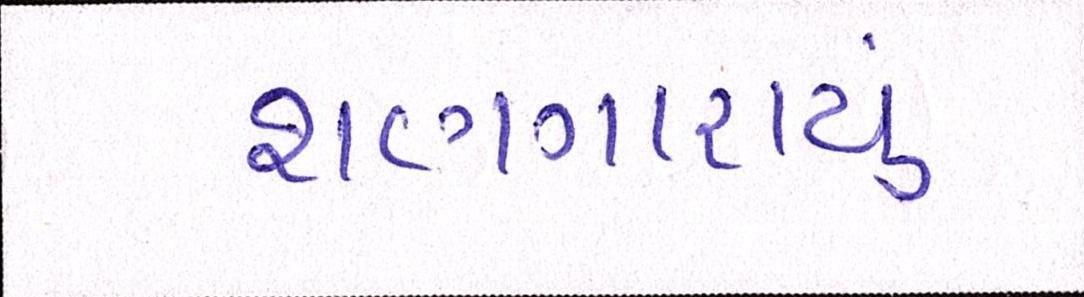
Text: શણગારાયું